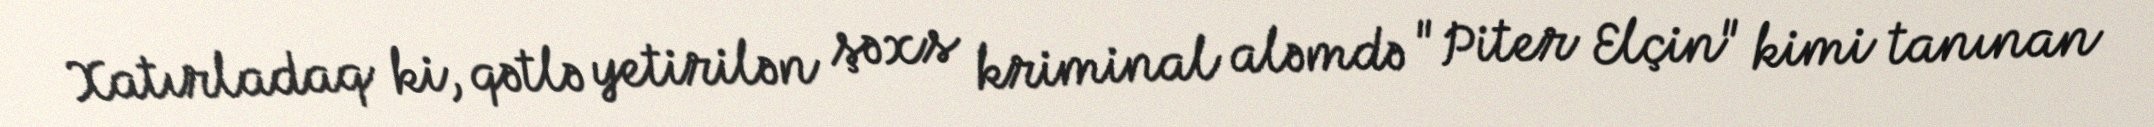
Xatırladaq ki, qətlə yetirilən şəxs kriminal aləmdə "Piter Elçin" kimi tanınan